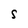
Character: S